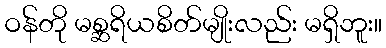
ဝန်တို မစ္ဆရိယစိတ်မျိုးလည်း မရှိဘူး။